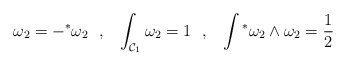
\begin{align*}\omega_2 = - {}^{*} \omega_2~~,~~ \int_{{\cal C}_1} \omega_2 = 1~~,~~\int {}^* \omega_2 \wedge \omega_2 = \frac{1}{2}\end{align*}